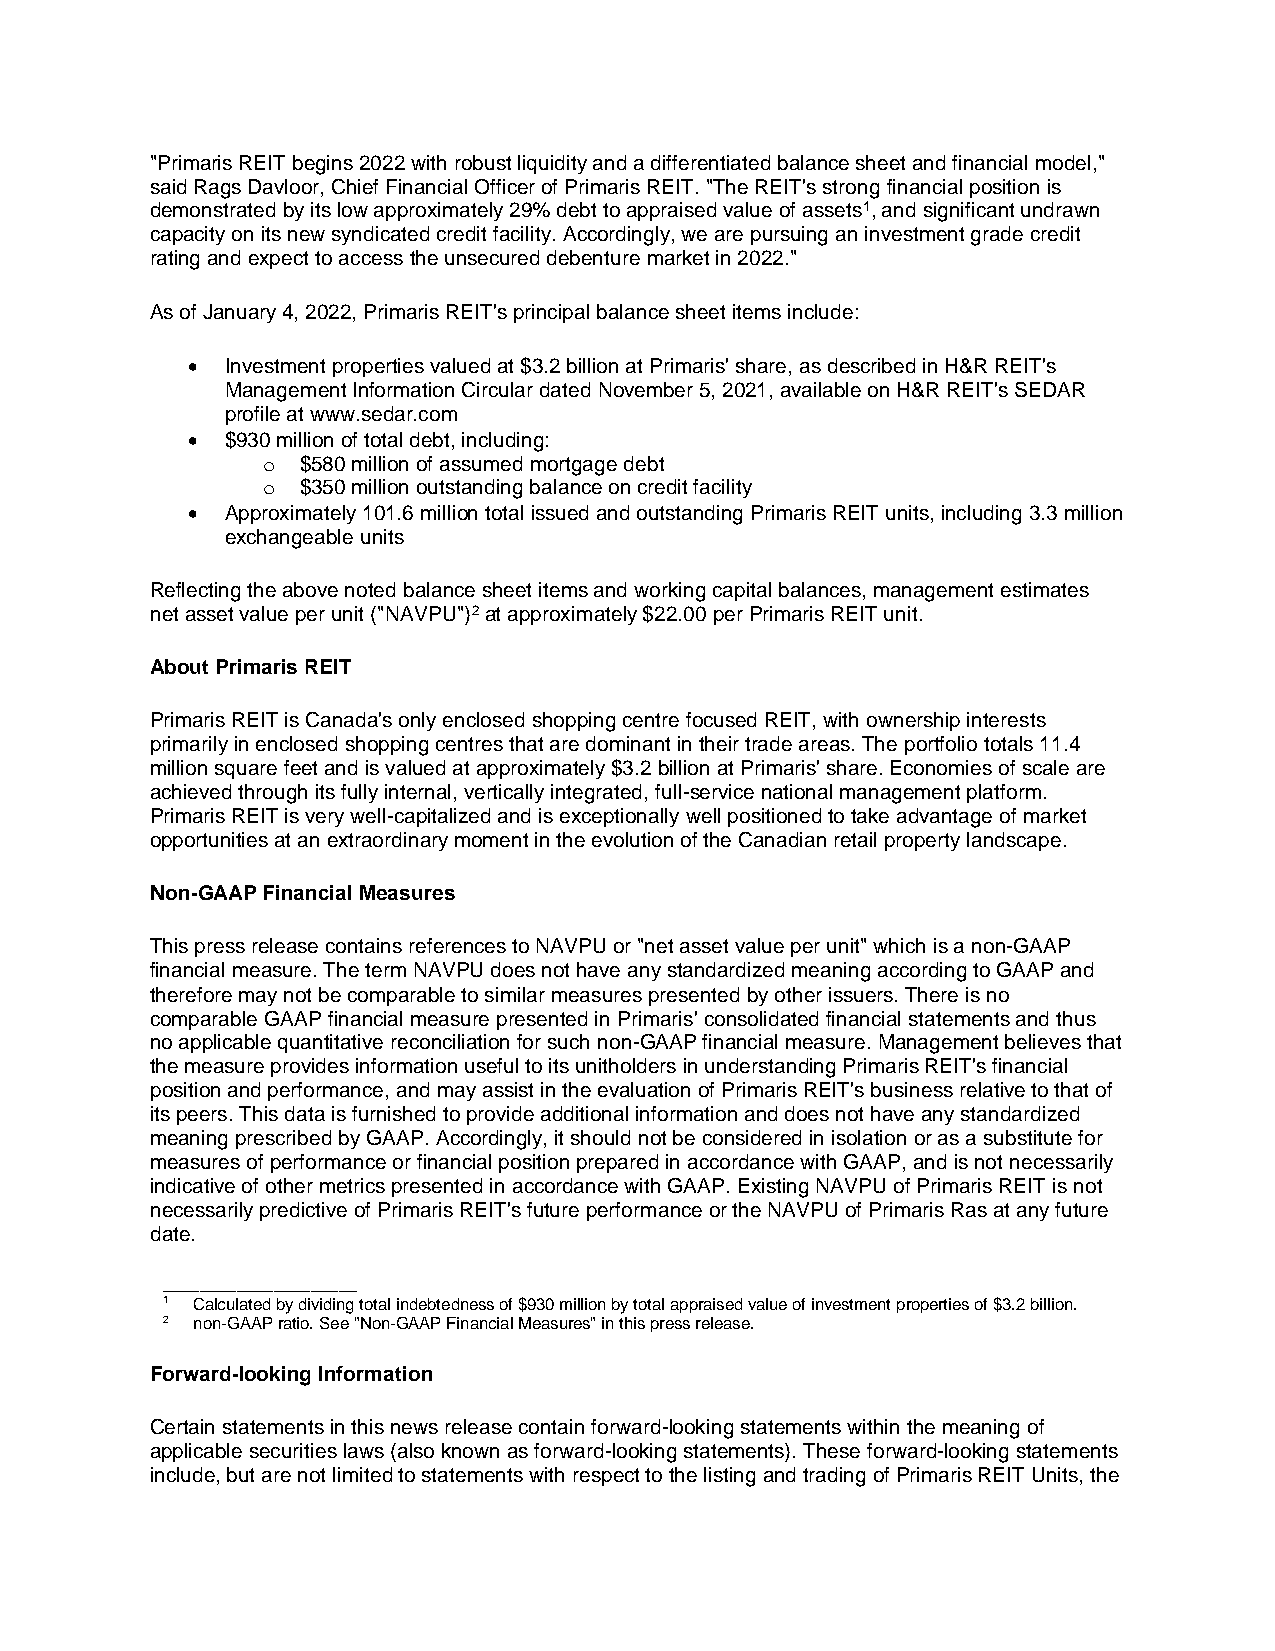
"Primaris REIT begins 2022 with robust liquidity and a differentiated balance sheet and financial model,"
 said Rags Davloor, Chief Financial Officer of Primaris REIT. "The REIT's strong financial position is
 demonstrated by its low approximately 29% debt to appraised value of assets1, and significant undrawn
 capacity on its new syndicated credit facility. Accordingly, we are pursuing an investment grade credit
 rating and expect to access the unsecured debenture market in 2022."
 As of January 4, 2022, Primaris REIT's principal balance sheet items include:
 •  Investment properties valued at $3.2 billion at Primaris' share, as described in H&R REIT's
 Management Information Circular dated November 5, 2021, available on H&R REIT's SEDAR
 profile at www.sedar.com
 •  $930 million of total debt, including:
 o  $580 million of assumed mortgage debt
 o  $350 million outstanding balance on credit facility
 •  Approximately 101.6 million total issued and outstanding Primaris REIT units, including 3.3 million
 exchangeable units
 Reflecting the above noted balance sheet items and working capital balances, management estimates
 net asset value per unit ("NAVPU")2 at approximately $22.00 per Primaris REIT unit.
 About Primaris REIT
 Primaris REIT is Canada's only enclosed shopping centre focused REIT, with ownership interests
 primarily in enclosed shopping centres that are dominant in their trade areas. The portfolio totals 11.4
 million square feet and is valued at approximately $3.2 billion at Primaris' share. Economies of scale are
 achieved through its fully internal, vertically integrated, full-service national management platform.
 Primaris REIT is very well-capitalized and is exceptionally well positioned to take advantage of market
 opportunities at an extraordinary moment in the evolution of the Canadian retail property landscape.
 Non-GAAP Financial Measures
 This press release contains references to NAVPU or "net asset value per unit" which is a non-GAAP
 financial measure. The term NAVPU does not have any standardized meaning according to GAAP and
 therefore may not be comparable to similar measures presented by other issuers. There is no
 comparable GAAP financial measure presented in Primaris' consolidated financial statements and thus
 no applicable quantitative reconciliation for such non-GAAP financial measure. Management believes that
 the measure provides information useful to its unitholders in understanding Primaris REIT's financial
 position and performance, and may assist in the evaluation of Primaris REIT's business relative to that of
 its peers. This data is furnished to provide additional information and does not have any standardized
 meaning prescribed by GAAP. Accordingly, it should not be considered in isolation or as a substitute for
 measures of performance or financial position prepared in accordance with GAAP, and is not necessarily
 indicative of other metrics presented in accordance with GAAP. Existing NAVPU of Primaris REIT is not
 necessarily predictive of Primaris REIT's future performance or the NAVPU of Primaris Ras at any future
 date.
 _____________________
 1 Calculated by dividing total indebtedness of $930 million by total appraised value of investment properties of $3.2 billion.
 2 non-GAAP ratio. See "Non-GAAP Financial Measures" in this press release.
 Forward-looking Information
 Certain statements in this news release contain forward-looking statements within the meaning of
 applicable securities laws (also known as forward-looking statements). These forward-looking statements
 include, but are not limited to statements with respect to the listing and trading of Primaris REIT Units, the